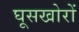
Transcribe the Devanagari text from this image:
घूसखोरों